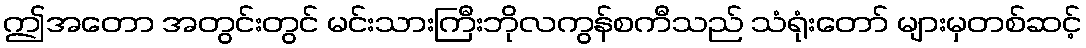
ဤအတော အတွင်းတွင် မင်းသားကြီးဘိုလကွန်စကီသည် သံရုံးတော် များမှတစ်ဆင့်